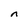
Character: n